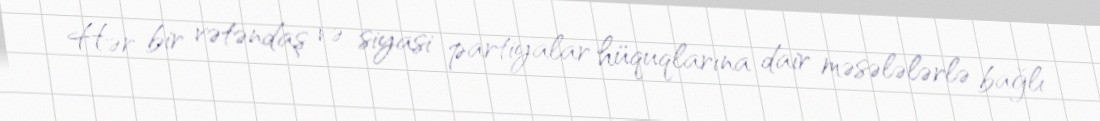
Hər bir vətəndaş və siyasi partiyalar hüquqlarına dair məsələlərlə bağlı